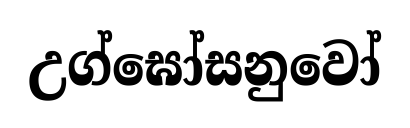
උග්ඝෝසනුවෝ